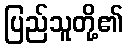
ပြည်သူတို့၏